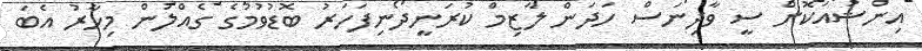
އިންޝުއަކޮށް ސީ ވާދިނަސް ހަދަން ލާޒިމް ކުރަނީދޯނިފަހަރު ބޮޑުވުމުގެ ގެއްލުން މިހާރު އެބަ